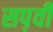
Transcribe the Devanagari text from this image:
सप़वी